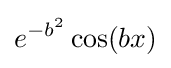
e^{-b^{2}}\cos(bx)